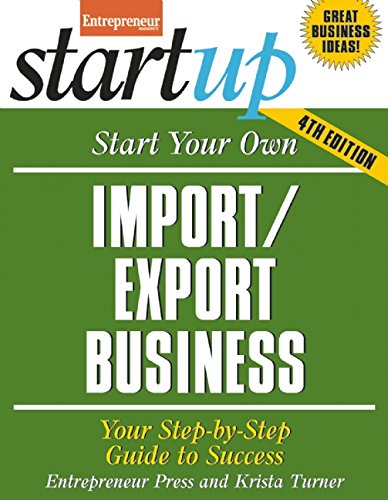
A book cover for Start Your Own Import/Export Business: Your Step-By-Step Guide to Success (StartUp Series); Entrepreneur magazine; Business & Money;